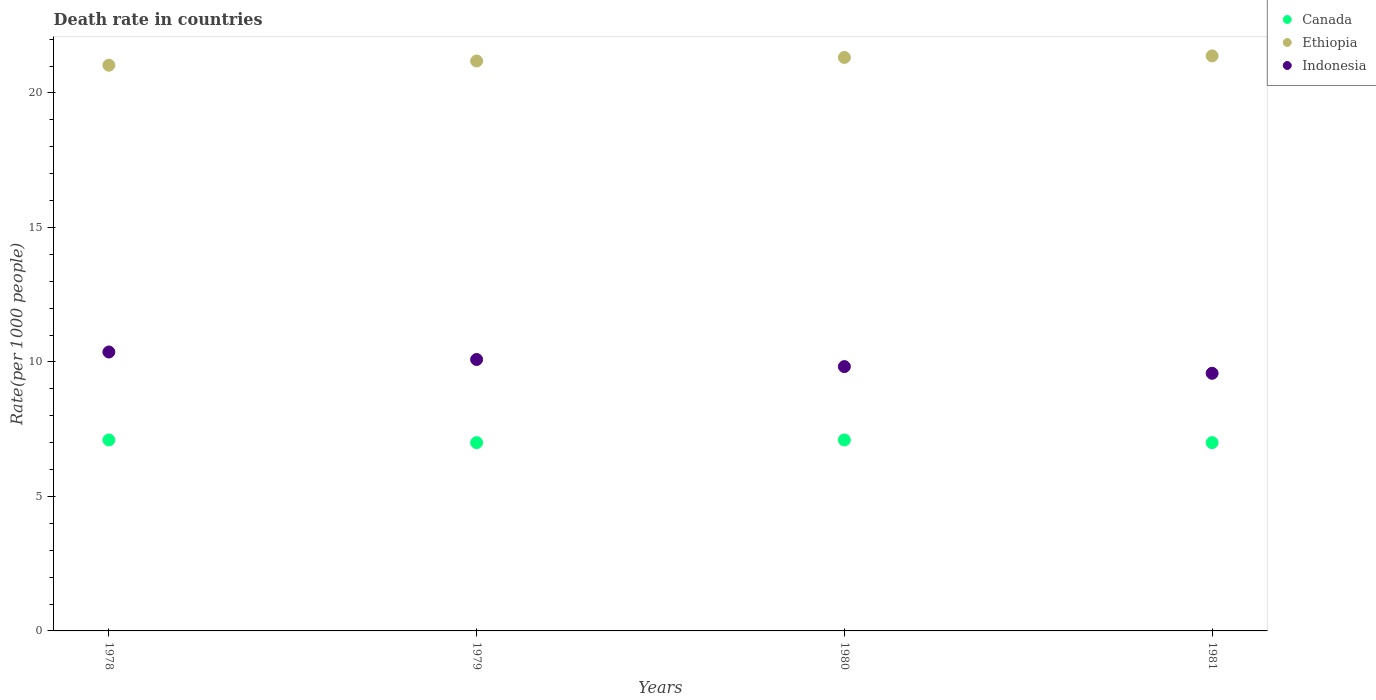
| Years | Canada | Ethiopia | Indonesia |
 | --- | --- | --- | --- |
 | 1978 | 7.1 | 21 | 10.4 |
 | 1979 | 7 | 21.2 | 10.1 |
 | 1980 | 7.1 | 21.3 | 9.83 |
 | 1981 | 7 | 21.4 | 9.58 |